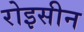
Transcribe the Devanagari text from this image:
रोइसीन